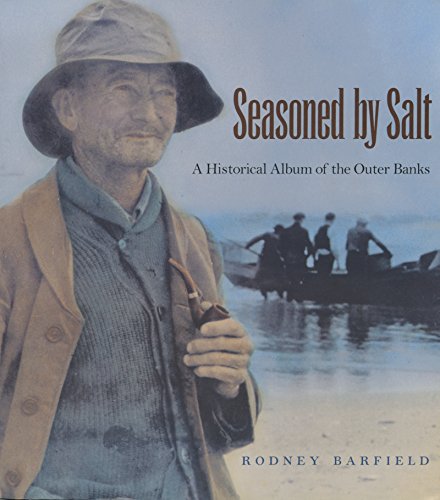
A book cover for Seasoned By Salt: A Historical Album of the Outer Banks (23); Rodney Barfield; Travel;